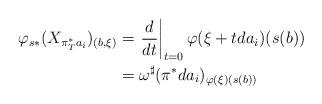
LaTeX: \begin{align*}\varphi_{s*}(X_{\pi_T^*a_i})_{(b, \xi)}&=\left.\frac{d}{dt}\right|_{t=0}\varphi(\xi+tda_i)(s(b))\\ &=\omega^\sharp(\pi^*da_i)_{\varphi(\xi)(s(b))}\end{align*}